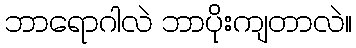
ဘာရောဂါလဲ ဘာပိုးကျတာလဲ။